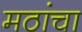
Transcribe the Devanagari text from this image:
मठांचा